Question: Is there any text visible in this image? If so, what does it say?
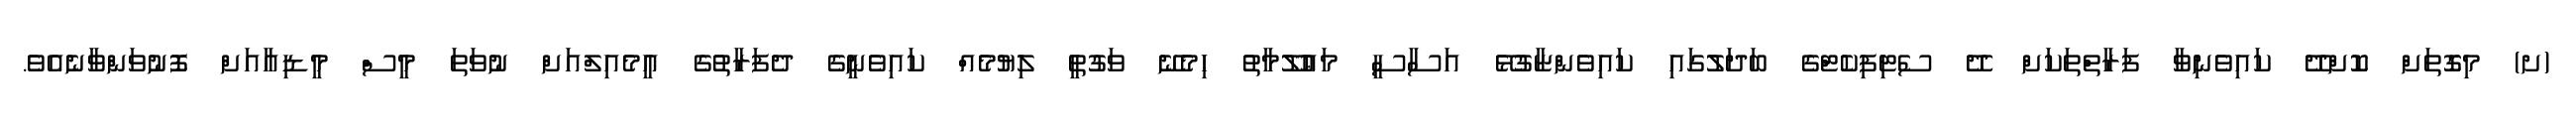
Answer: (ށ) މިގޮތަށް ކޮށްދޭ ކައިވެނިވާ ފަރާތްތަކަށް ދޭ ސެޓިފިކެޓްގެ ބަދަލުގައި ކައިވެންޏާގުޅޭ އަސާސީ މަޢުލޫމާތު ހިމެނޭ ވަގުތީ ލިޔުމެއް ކައިވެނީގެ ދެފަރާތުގެ އީމެއިލްއަށް ނުވަތަ މީސް މީޑިއާއަށް ފޮނުވަންވާނެއެވެ.